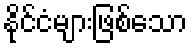
နိုင်ငံများဖြစ်သော